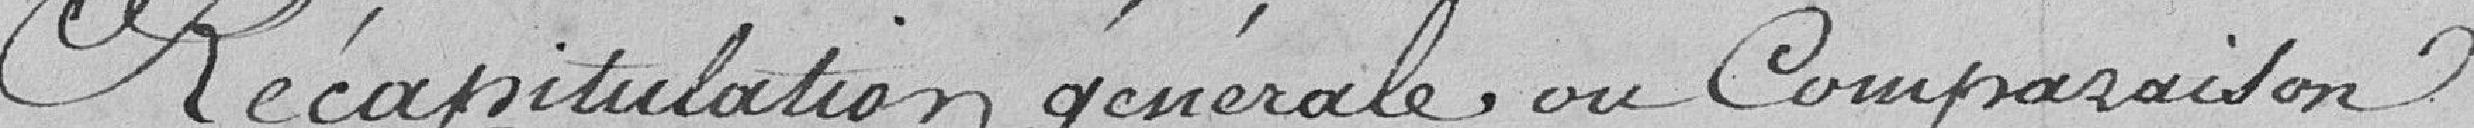
Récapitulation générale ou comparaison